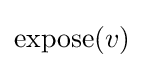
{\text{expose}}(v)